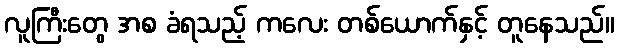
လူကြီးတွေ အစ ခံရသည့် ကလေး တစ်ယောက်နှင့် တူနေသည်။